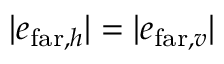
| e _ { \mathrm { f a r } , h } | = | e _ { \mathrm { f a r } , v } |